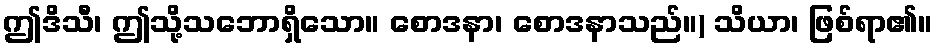
ဤဒိသီ၊ ဤသို့သဘောရှိသော။ စောဒနာ၊ စောဒနာသည်။) သိယာ၊ ဖြစ်ရာ၏။